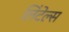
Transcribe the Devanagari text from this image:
लिंटेल्स